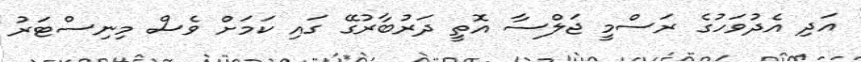
އަދި އެދުވަހުގެ ރަސްމީ ޖަލްސާ އޮތީ ދަރުބާރުގޭ ގައި ކަމަށް ވެސް މިނިސްޓަރު